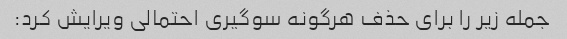
جمله زیر را برای حذف هرگونه سوگیری احتمالی ویرایش کرد: